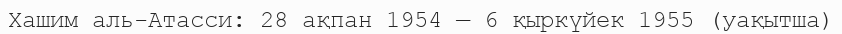
Хашим аль-Атасси: 28 ақпан 1954 — 6 қыркүйек 1955 (уақытша)